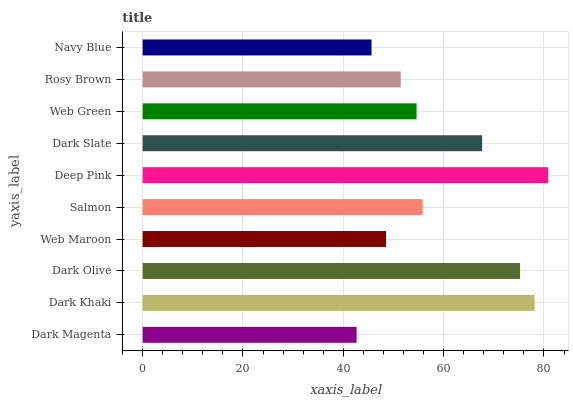
| yaxis_label | bars |
 | --- | --- |
 | Dark Magenta | 42.7 |
 | Dark Khaki | 78.1 |
 | Dark Olive | 75.2 |
 | Web Maroon | 48.5 |
 | Salmon | 55.8 |
 | Deep Pink | 80.8 |
 | Dark Slate | 67.7 |
 | Web Green | 54.6 |
 | Rosy Brown | 51.4 |
 | Navy Blue | 45.6 |